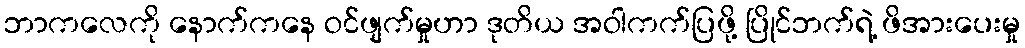
ဘာကလေကို နောက်ကနေ ဝင်ဖျက်မှုဟာ ဒုတိယ အဝါကက်ပြဖို့ ပြိုင်ဘက်ရဲ့ ဖိအားပေးမှု